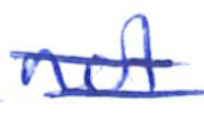
Text: not
Cross-out: double-line
Writing tool: ballpoint